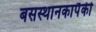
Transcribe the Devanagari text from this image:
बसस्थानकापैकी